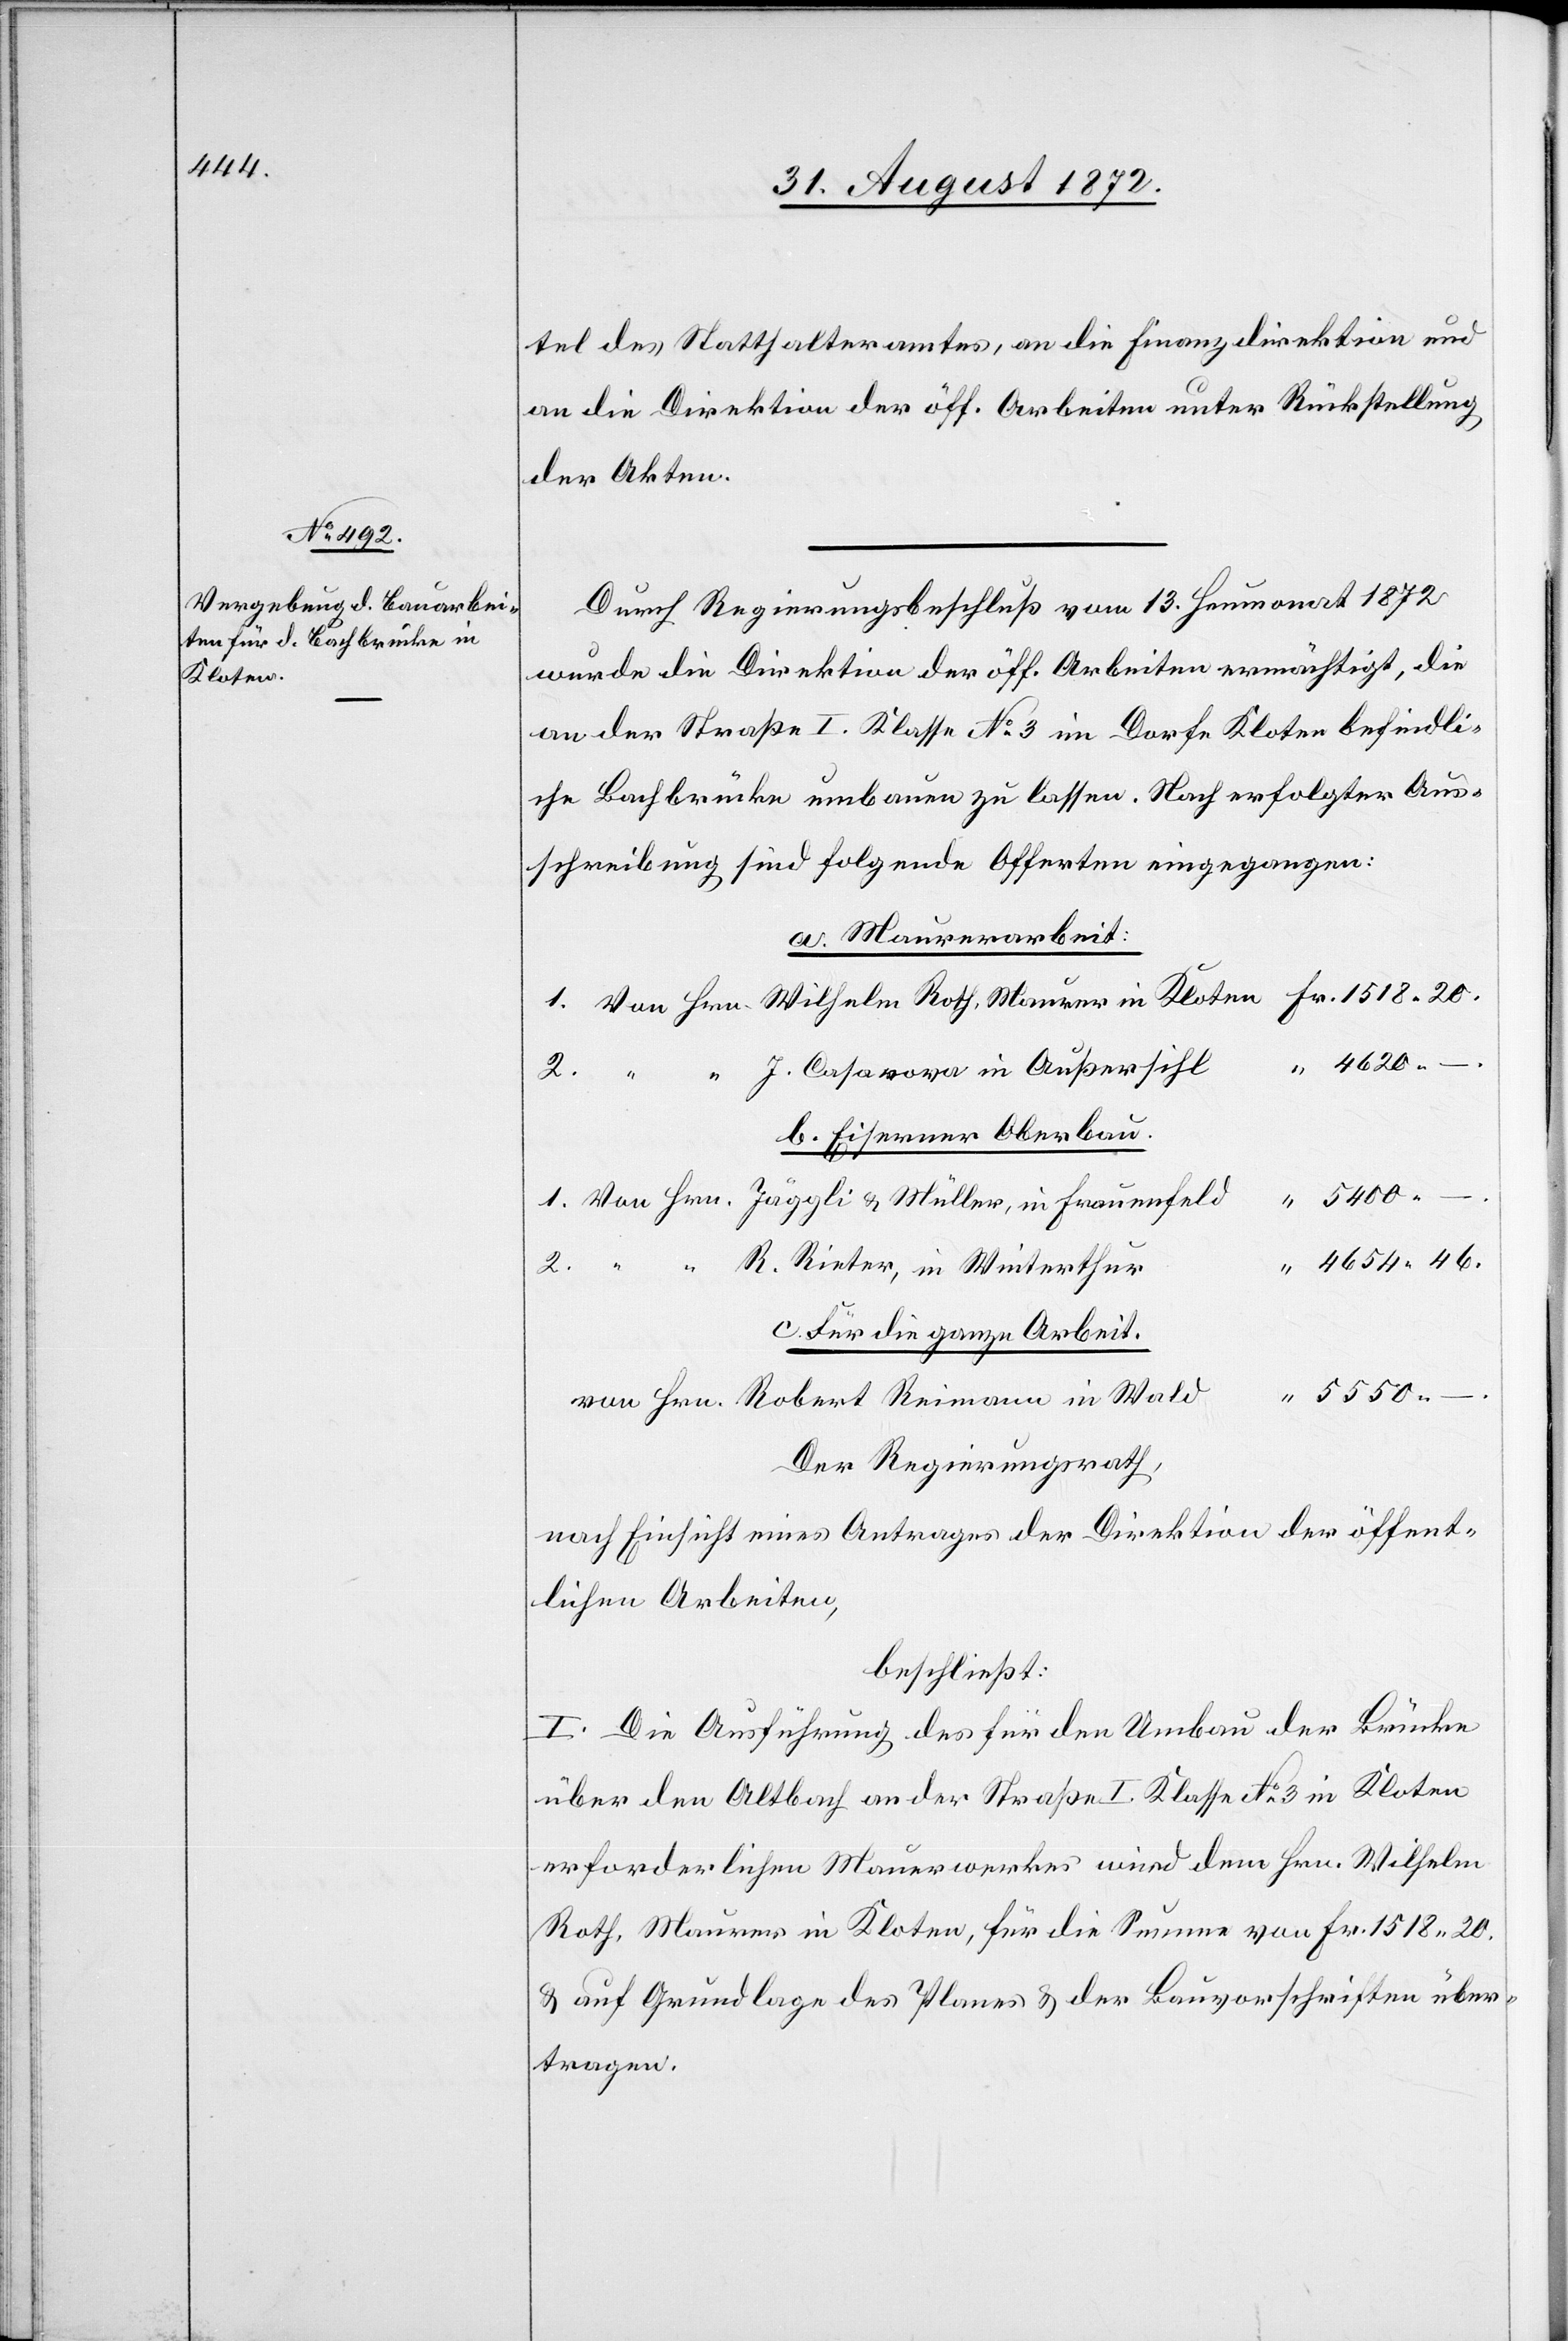
1.
Kloten

tel des Statthalteramtes, an die Finanzdirektion und
an die Direktion der öff. Arbeiten unter Rückstellung
der Akten.
Durch Regierungsbeschluß vom 13. Heumonat 1872
wurde die Direktion der öff. Arbeiten ermächtigt, die
an der Straße I. Klasse No 3 im Dorfe Kloten befindli¬
che Bachbrücke umbauen zu lassen. Nach erfolgter Aus¬
schreibung sind folgende Offerten eingegangen:
a. Maurerarbeit:
mann
4620 –
b. Eiserner Oberbau.
.
4654 46.
R. Rieter, in Winterthur
2.
c. Für die ganze Arbeit.
in
5550 –
Der Regierungstrath,
nach Einsicht eines Antrages der Direktion der öffent¬
lichen Arbeiten,
beschließt:
I. Die Ausführung des für den Umbau der Brücke
über den Altbach an der Straße I. Klasse No 3 in Kloten
erforderlichen Mauerwerkes wird dem Hrn. Wilhelm
Roth, Maurer in Kloten, für die Summe von Fr. 1518 20
u. auf Grundlage des Planes u. der Bauvorschriften über¬
tragen.